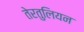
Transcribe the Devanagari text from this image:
तेरतुलियन